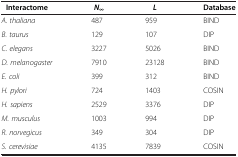
<table><thead><tr><td><b> Interactome</b></td><td><b><i>N</i><sub><i>∞</i></sub></b></td><td><b><i>L</i></b></td><td><b>Database</b></td></tr></thead><tbody><tr><td><i>A. thaliana</i></td><td>487</td><td>959</td><td>BIND</td></tr><tr><td><i>B. taurus</i></td><td>129</td><td>107</td><td>DIP</td></tr><tr><td><i>C. elegans</i></td><td>3227</td><td>5026</td><td>BIND</td></tr><tr><td><i>D. melanogaster</i></td><td>7910</td><td>23128</td><td>BIND</td></tr><tr><td><i>E. coli</i></td><td>399</td><td>312</td><td>BIND</td></tr><tr><td><i>H. pylori</i></td><td>724</td><td>1403</td><td>COSIN</td></tr><tr><td><i>H. sapiens</i></td><td>2529</td><td>3376</td><td>DIP</td></tr><tr><td><i>M. musculus</i></td><td>1003</td><td>994</td><td>DIP</td></tr><tr><td><i>R. norvegicus</i></td><td>349</td><td>304</td><td>DIP</td></tr><tr><td><i>S. cerevisiae</i></td><td>4135</td><td>7839</td><td>COSIN</td></tr></tbody></table>